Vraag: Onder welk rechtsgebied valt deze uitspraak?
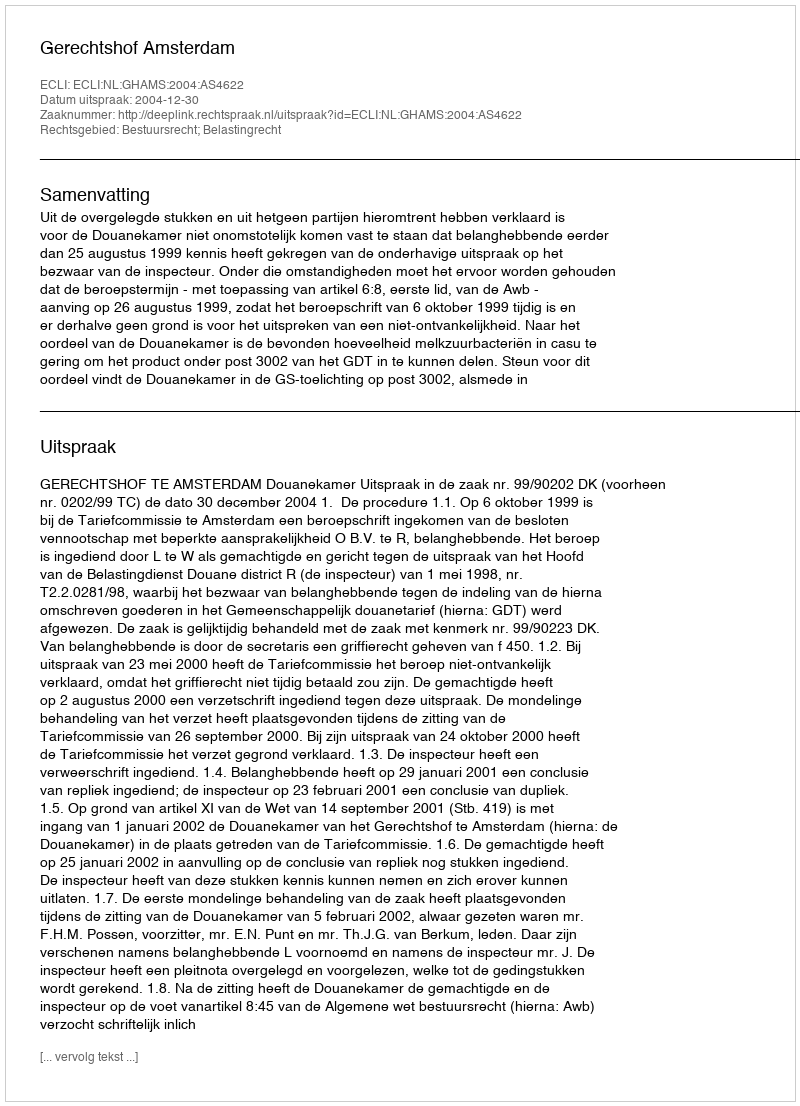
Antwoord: Bestuursrecht; Belastingrecht